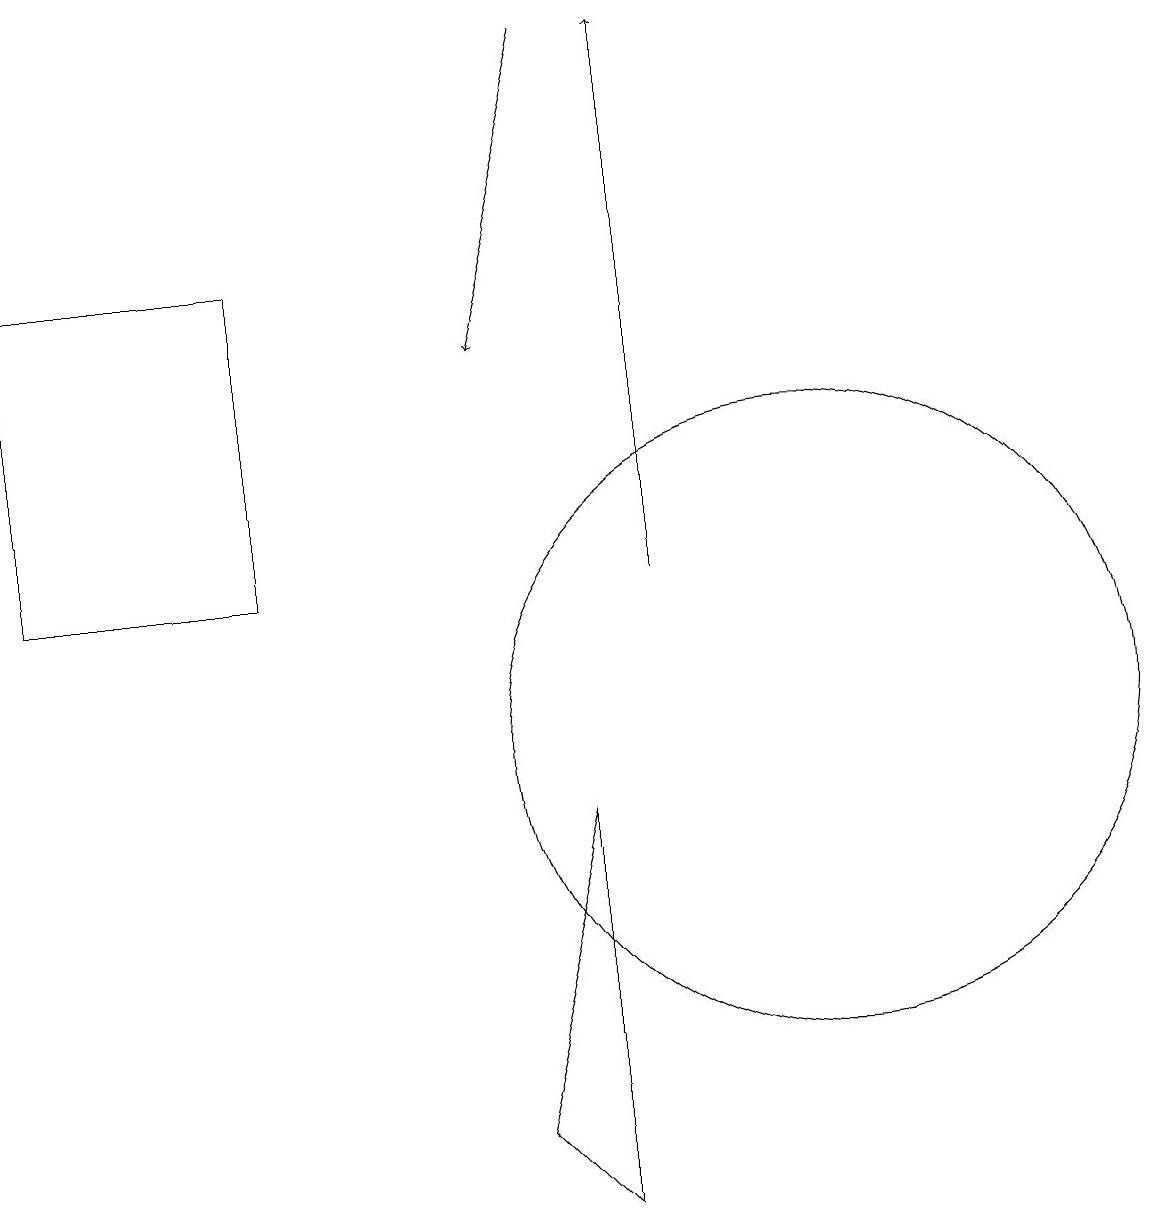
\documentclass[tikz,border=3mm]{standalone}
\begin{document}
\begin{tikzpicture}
\draw (3,16) rectangle (0,12);
\draw[->] (7,19) -- (6,15);
\draw (12,12) circle (0);
\draw[->] (8,12) -- (8,19);
\draw (10,10) circle (4);
\draw (7,4) -- (6,5) -- (7,9) -- cycle;
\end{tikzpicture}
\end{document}